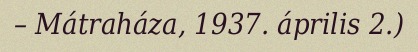
– Mátraháza, 1937. április 2.)